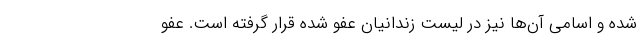
شده و اسامی آن‌ها نیز در لیست زندانیان عفو شده قرار گرفته است. عفو